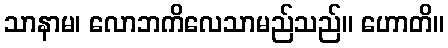
သာနာမ၊ လောဘကိလေသာမည်သည်။ ဟောတိ။